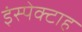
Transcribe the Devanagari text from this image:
इंस्पेक्टाह